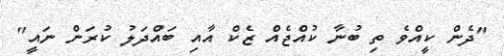
"ދެން ކީއްވެ ތި ބުނާ ކުއްޖެއް ޒެކް އާއި ބައްދަލު ކުރަން ނައީ"